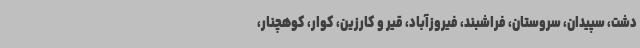
دشت، سپیدان، سروستان، فراشبند، فیروزآباد، قیر و کارزین، کوار، کوهچنار،